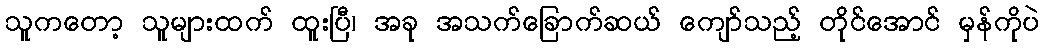
သူကတော့ သူများထက် ထူးပြီ၊ အခု အသက်ခြောက်ဆယ် ကျော်သည့် တိုင်အောင် မှန်ကိုပဲ